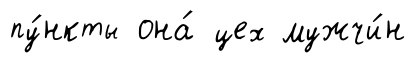
пу́нкты она́ цех мужчи́н